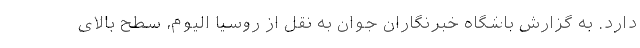
دارد. به گزارش باشگاه خبرنگاران جوان به نقل از روسیا الیوم، سطح بالای